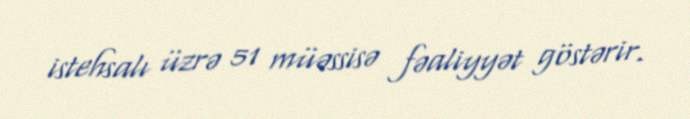
istehsalı üzrə 51 müəssisə fəaliyyət göstərir.